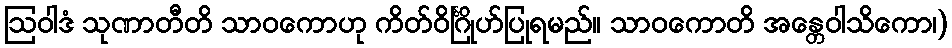
ဩဝါဒံ သုဏာတီတိ သာဝကောဟု ကိတ်ဝိင်္ဂြိုဟ်ပြုရမည်။ သာဝကောတိ အန္တေဝါသိကော၊)